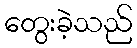
တွေးခဲ့သည်